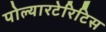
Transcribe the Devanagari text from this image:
पोल्यारटेरिटिस